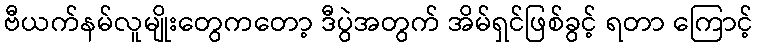
ဗီယက်နမ်လူမျိုးတွေကတော့ ဒီပွဲအတွက် အိမ်ရှင်ဖြစ်ခွင့် ရတာ ကြောင့်